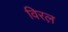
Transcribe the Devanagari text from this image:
विरल़